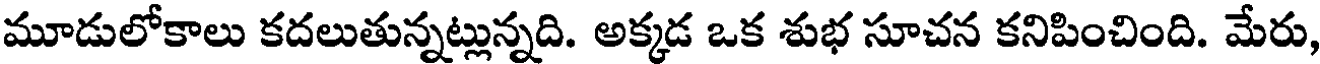
మూడులోకాలు కదలుతున్నట్లున్నది. అక్కడ ఒక శుభ సూచన కనిపించింది. మేరు,